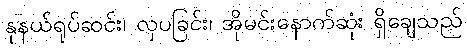
နုနယ်ရုပ်ဆင်း၊ လှပခြင်း၊ အိုမင်းနောက်ဆုံး ရှိချေသည်